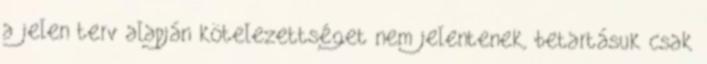
a jelen terv alapján kötelezettséget nem jelentenek, betartásuk csak